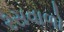
રસવાળો